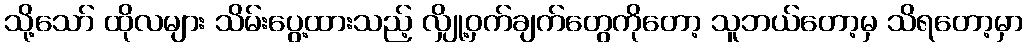
သို့သော် ထိုလများ သိမ်းပွေ့ထားသည့် လျှို့ဝှက်ချက်တွေကိုတော့ သူဘယ်တော့မှ သိရတော့မှာ